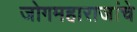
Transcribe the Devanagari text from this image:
जोगमहाराजांचे